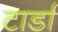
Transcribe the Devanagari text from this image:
टार्डा